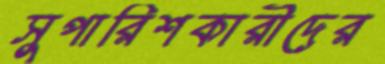
সুপারিশকারীদের